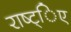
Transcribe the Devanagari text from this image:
राष्ट्िए